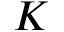
K